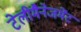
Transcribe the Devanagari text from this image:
टेलीमैनेजमेंट